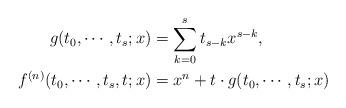
LaTeX: \begin{align*}g(t_0,\cdots, t_s ; x) & = \sum_{k=0}^{s}t_{s-k}x^{s-k}, \\ f^{(n)}(t_0,\cdots, t_s, t ; x) & =x^n+t \cdot g(t_0,\cdots,t_s ; x)\\\end{align*}